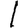
Digit: 1